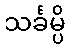
သင်္ခမ္ပိ